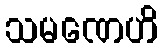
သမဏေဟိ